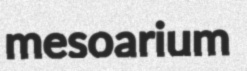
mesoarium